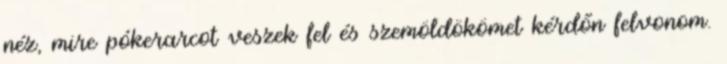
néz, mire pókerarcot veszek fel és szemöldökömet kérdőn felvonom.